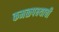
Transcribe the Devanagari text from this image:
कमळपक्ष्याची